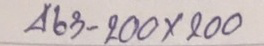
463 - 200 x 200